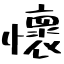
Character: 懷